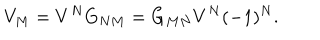
V _ { M } = V ^ { N } G _ { N M } = G _ { M N } V ^ { N } ( - 1 ) ^ { N } .